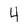
Character: 4